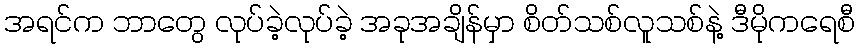
အရင်က ဘာတွေ လုပ်ခဲ့လုပ်ခဲ့ အခုအချိန်မှာ စိတ်သစ်လူသစ်နဲ့ ဒီမိုကရေစီ